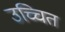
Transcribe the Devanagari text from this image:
उच्चित